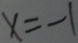
x = - 1